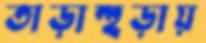
তাড়াহুড়ায়